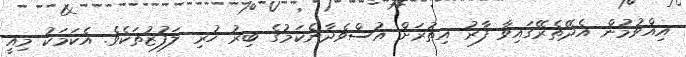
އިއްވުމުން އެދޭތެރޭގައިވާ ފާރު އިތުރަށް އުސްވެދާނެކަމުގެ ބިރު ހުރި ލަފުޒުތަކެވެ. އެކަމަކު މިއީ